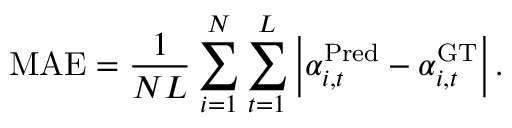
\mathrm { M A E } = \frac { 1 } { N L } \sum _ { i = 1 } ^ { N } \sum _ { t = 1 } ^ { L } \left| \alpha _ { i , t } ^ { \mathrm { P r e d } } - \alpha _ { i , t } ^ { \mathrm { G T } } \right| .